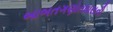
બાબતગણોતધારાની